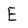
Character: E